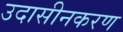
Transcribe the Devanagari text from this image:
उदासीनकरण